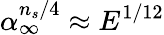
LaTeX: \alpha_{\infty}^{n_{s}/4}\approx E^{1/12}